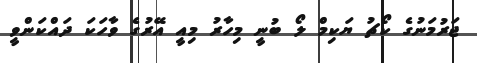
ޖަރުމަނުގެ ކޯޗު ޔަކިމް ލޯ ބުނީ މިހާރު މިއީ އޭރުގެ ވާހަކަ ދައްކަންވީ